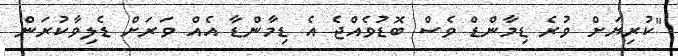
"ކުރިޔަށް ވުރެ ޑިމާންޑް ވެސް ބޮޑުވެއްޖެ އެ ޑިމާންޑާ އެއް ވަރަށް ޑެލިވާކުރަން